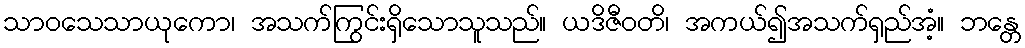
သာဝသေသာယုကော၊ အသက်ကြွင်းရှိသောသူသည်။ ယဒိဇီဝတိ၊ အကယ်၍အသက်ရှည်အံ့။ ဘန္တေ